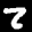
Label: 2